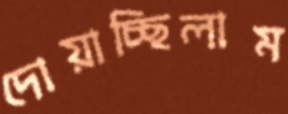
দোয়াচ্ছিলাম